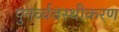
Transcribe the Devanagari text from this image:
पुनर्व्यवस्थीकरण